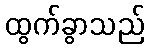
ထွက်ခွာသည်